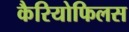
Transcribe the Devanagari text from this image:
कैरियोफिलस